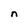
Character: n